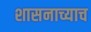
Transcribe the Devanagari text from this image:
शासनाच्याच